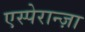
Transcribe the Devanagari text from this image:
एस्पेरान्ज़ा